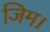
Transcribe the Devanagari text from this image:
जिम।